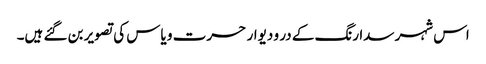
اس شہر سدا رنگ کے در و دیوار حسرت و یاس کی تصویر بن گئے ہیں۔